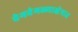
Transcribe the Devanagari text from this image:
वेगवेगळ्याक्षेत्रात